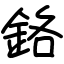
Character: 鉻